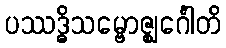
ပဿဒ္ဓိသမ္ဗောဇ္ဈင်္ဂေါတိ